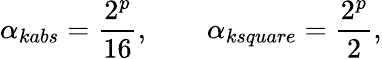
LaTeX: \alpha_{kabs}=\frac{2^{p}}{16},\qquad\alpha_{ksquare}=\frac{2^{p}}{2},